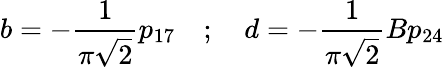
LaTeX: b=-\frac{1}{\pi\sqrt{2}}p_{17}\quad;\quad d=-\frac{1}{\pi\sqrt{2}}Bp_{24}